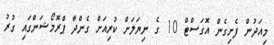
މިއަދުން ފެށިގެން އޮގަސްޓް 10 ގެ ނިޔަލަށް ކުރިއަށް ގެންދާ ޕްރޮމޯޝަންގައި ގުރު